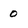
Character: 0